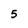
Character: 5